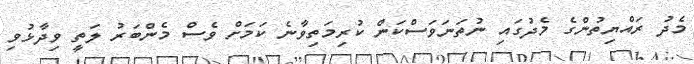
މެދު ރައްޔިތުންގެ މެދުގައި ނުތަނަވަސްކަން ކުރިމަތިވާނެ ކަމަށް ވެސް މެންބަރު ލަތީ ވިދާޅުވި